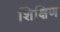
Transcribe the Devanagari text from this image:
शिक्षिण